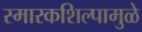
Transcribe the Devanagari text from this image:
स्मारकशिल्पामुळे